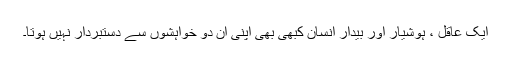
ایک عاقل ، ہوشیار اور بیدار انسان کبھی بھی اپنی ان دو خواہشوں سے دستبردار نہیں ہوتا۔